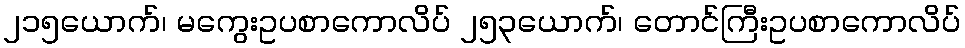
၂၁၅ယောက်၊ မကွေးဥပစာကောလိပ် ၂၅၃ယောက်၊ တောင်ကြီးဥပစာကောလိပ်